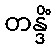
တန္ဒိံ